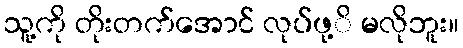
သူ့ကို တိုးတက်အောင် လုပ်ဖု့ိ မလိုဘူး။